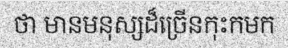
ថា មានមនុស្សដ៏ច្រើនកុះកមក